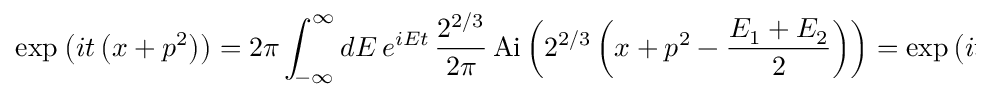
\exp _ { \* } \left( i t \left( x + p ^ { 2 } \right) \right) = 2 \pi \int _ { - \infty } ^ { \infty } d E \, e ^ { i E t } \, \frac { 2 ^ { 2 / 3 } } { 2 \pi } \, \mathrm { A i } \left( 2 ^ { 2 / 3 } \left( x + p ^ { 2 } - \frac { E _ { 1 } + E _ { 2 } } { 2 } \right) \right) = \exp \left( i t \left( x + p ^ { 2 } + t ^ { 2 } / 1 2 \right) \right) .